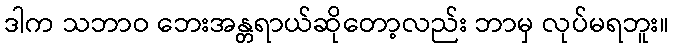
ဒါက သဘာဝ ဘေးအန္တရာယ်ဆိုတော့လည်း ဘာမှ လုပ်မရဘူး။